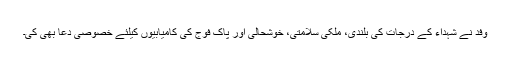
وفد نے شہداء کے درجات کی بلندی، ملکی سلامتی، خوشحالی اور پاک فوج کی کامیابیوں کیلئے خصوصی دعا بھی کی۔